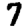
Digit: 7